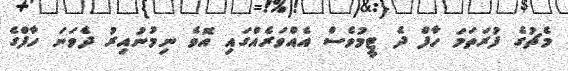
މެޗުގެ ފުރަތަމަ ހާފް ދެ ޓީމުވެސް އެއްވަރެއްގައި އޮވެ ނިމުނުއިރު ދެވަނަ ހާފްގެ